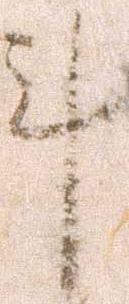
計